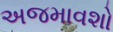
અજમાવશો